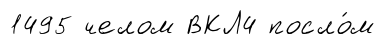
1495 челом ВКЛ4 посло́м